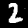
Digit: 2